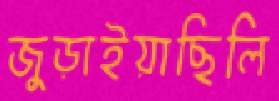
জুড়াইয়াছিলি